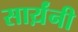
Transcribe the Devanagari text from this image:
सार्य़ंनी